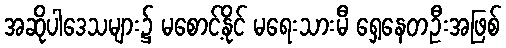
အဆိုပါဒေသများ၌ မစောင့်နိုင် မရေးသားမီ ရှေ့နေတဦးအဖြစ်